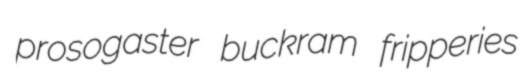
prosogaster buckram fripperies